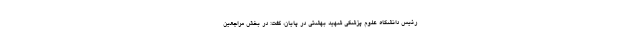
رئیس دانشگاه علوم پزشکی شهید بهشتی در پایان، گفت: در بخش مراجعین